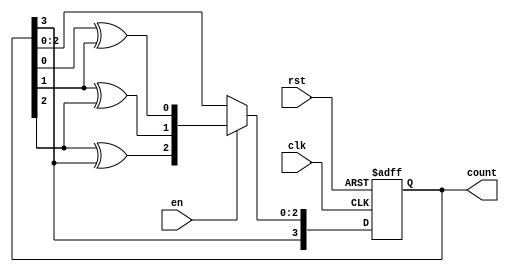
module gray_counter(
    input clk,
    input rst,
    input en,
    output reg [3:0] count
);

reg [3:0] next_count;

always @(posedge clk or posedge rst) begin
    if (rst) begin
        count <= 4'b0000;
    end else if (en) begin
        count <= next_count;
    end
end

always @* begin
    next_count = count + 1;
    next_count[0] = count[0] ^ count[1];
    next_count[1] = count[1] ^ count[2];
    next_count[2] = count[2] ^ count[3];
    next_count[3] = count[3];
end

endmodule